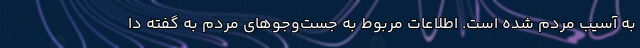
به آسیب مردم شده است. اطلاعات مربوط به جست‌وجوهای مردم به گفته دا